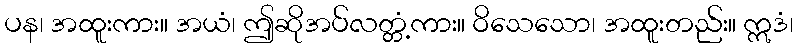
ပန၊ အထူးကား။ အယံ၊ ဤဆိုအပ်လတ္တံ့ကား။ ဝိသေသော၊ အထူးတည်း။ ဣဒံ၊